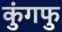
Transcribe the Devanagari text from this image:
कुंगफु